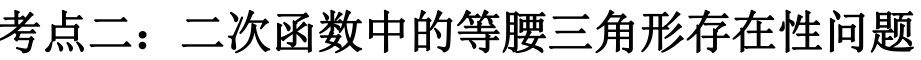
考点二：二次函数中的等腰三角形存在性问题